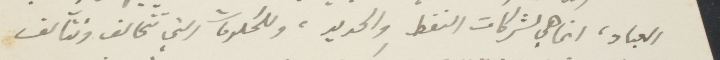
العباد، انما هي لشركات النفط والحديد، وللحكومات التي تتحالف وتتآلف